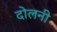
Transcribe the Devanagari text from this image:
दोलनी